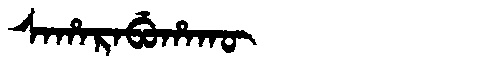
Manchu: ᠰᠠᡥᠠᡵᠠᠪᡠᡥᠠᡴᡡ
Romanization: SAHARABUHAKŪ